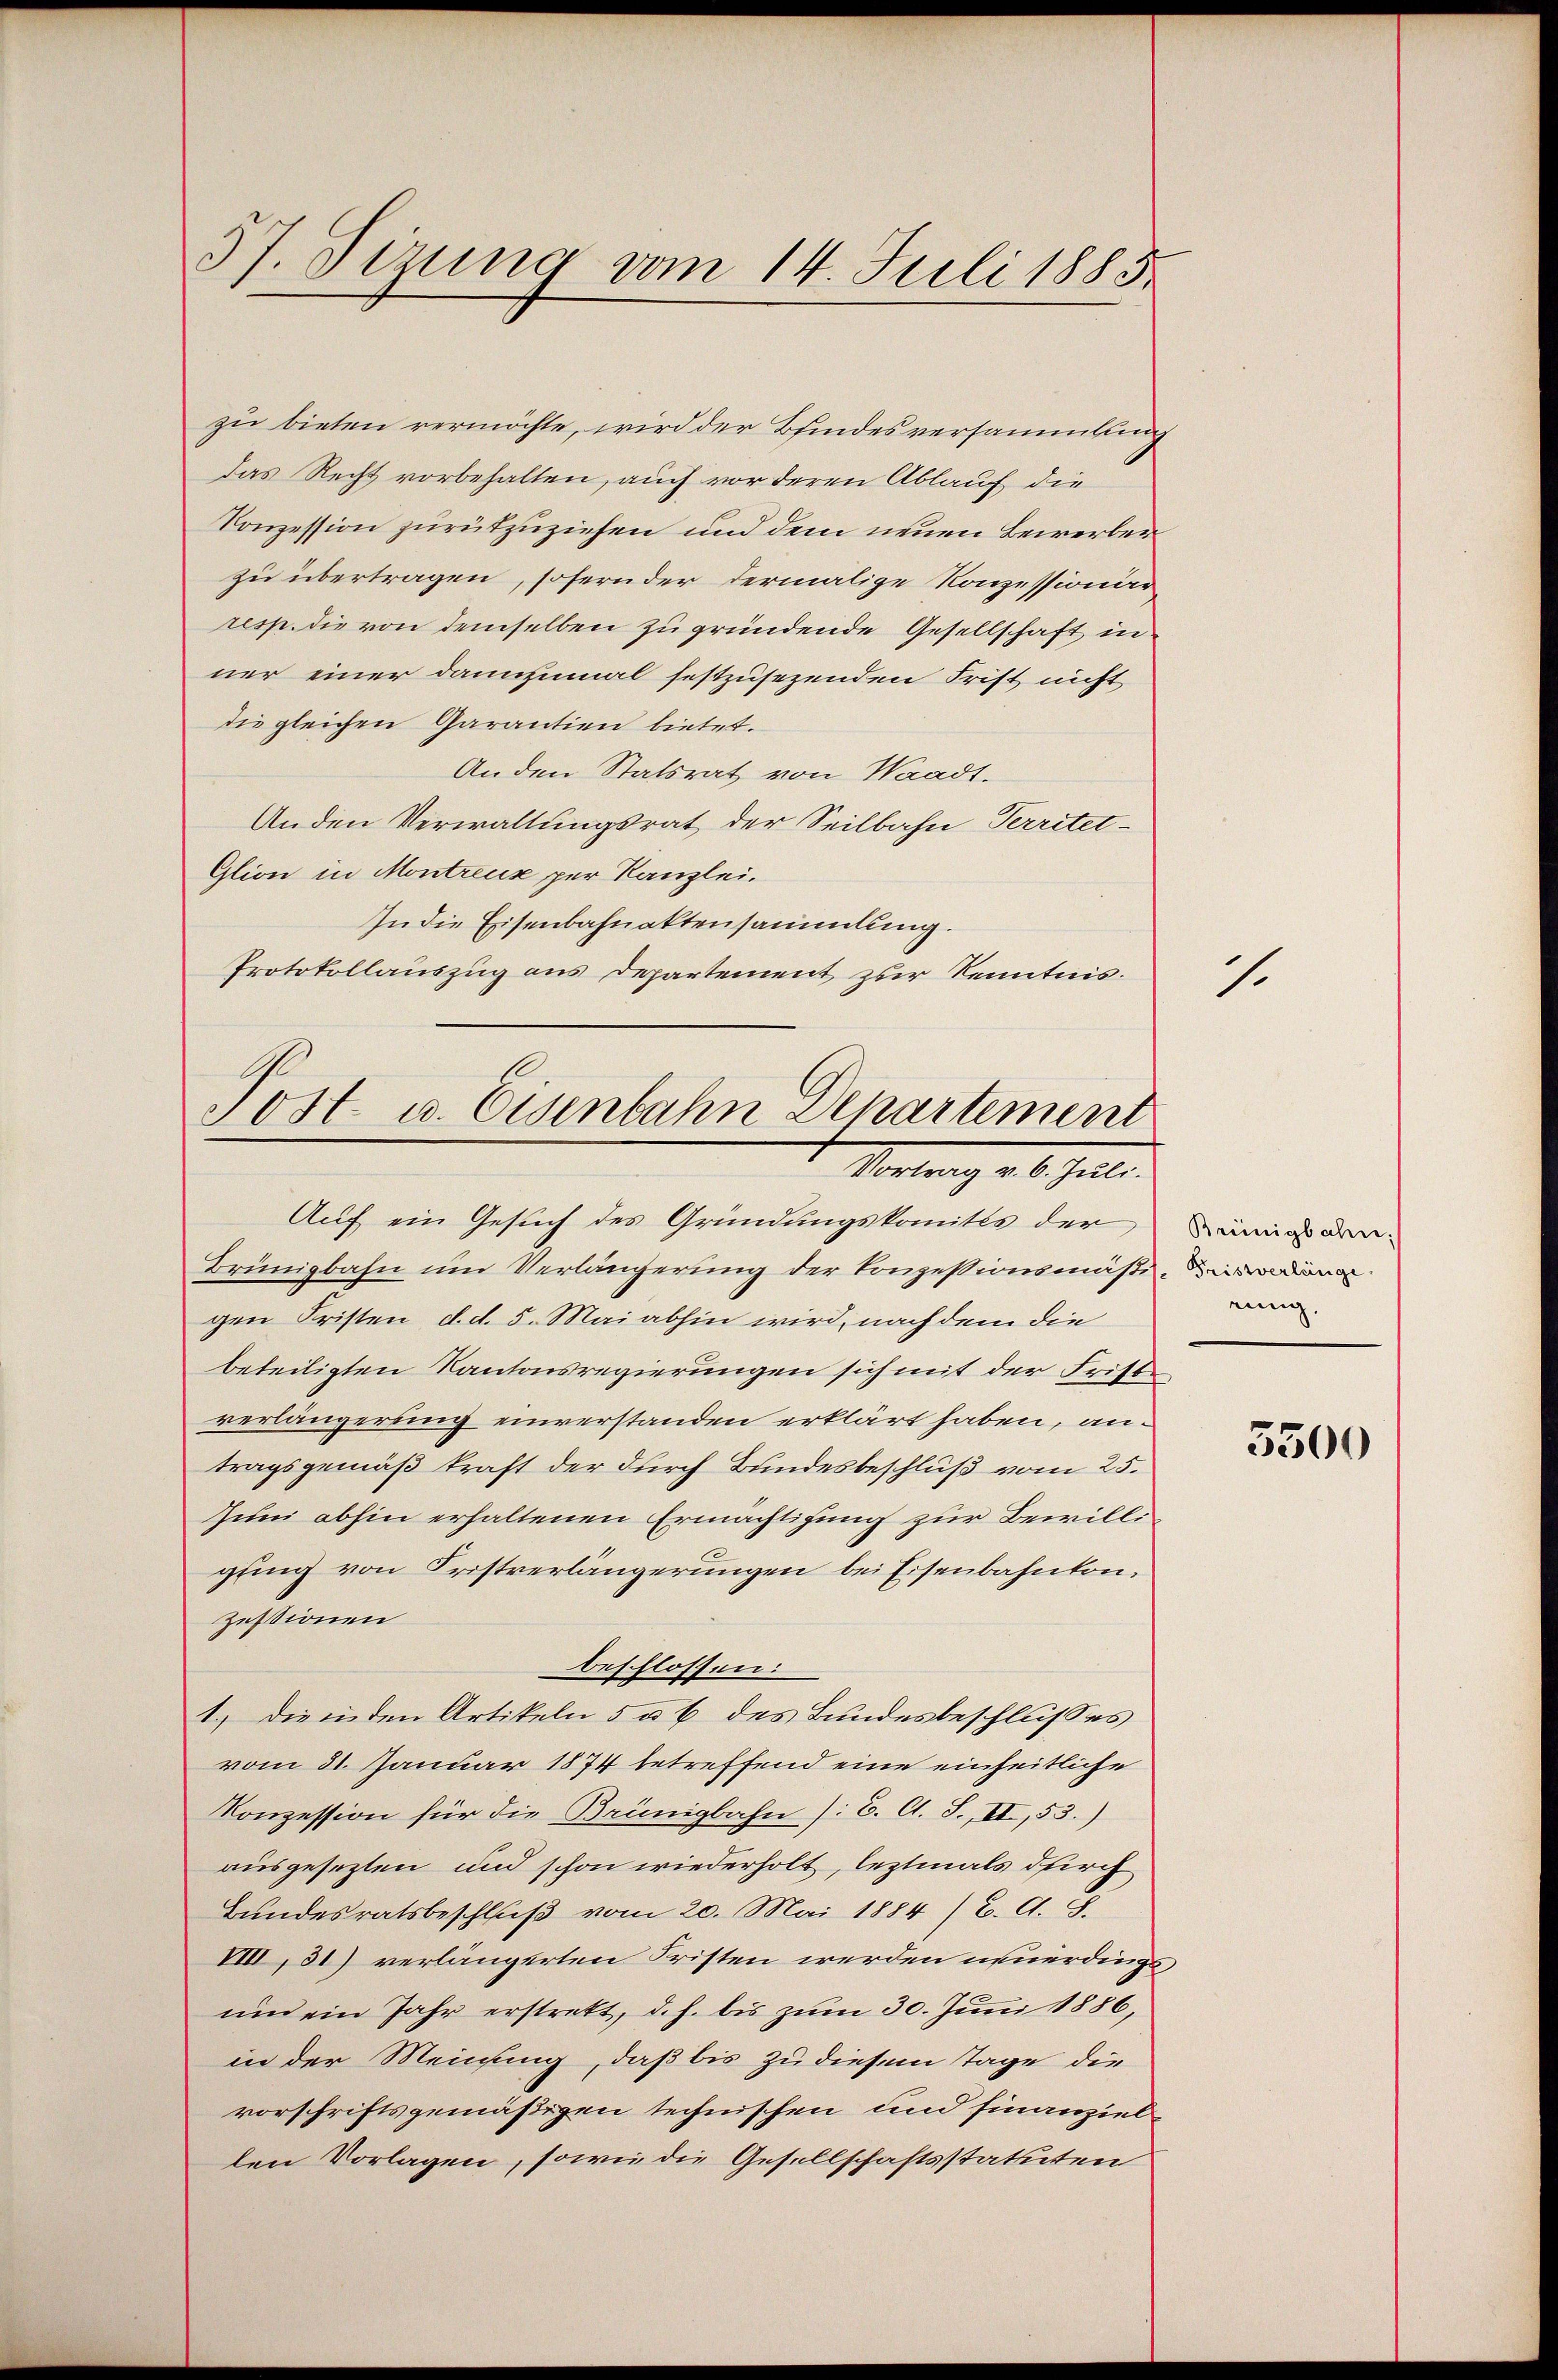
57. Pirung vom 14. Juli 1885.

zu bieten vermöchte, wird der Bindesversammlung
das Recht vorbehalten, auch vor deren Ablauf die
Konzession zurükzuziehen und dem neuen Bewerber
zu übertragen, sofern der dermalige Konzessionär¬
resp. die von demselben zu gründende Gesellschaft in
ner einer dannzumal festzusezenden Frist nicht
die gleichen Garantien bietet.
Anden Statsrat von Waadt.
Anden Verwaltungsrat der Seilbahn, Territet-
Glion in Montreux per Kanzlei.
In die Eisenbahnaktensammlung.
Protokollauszug aus Departement zur Kenntnis.

Post- u. Eisenbahn Departement
Vortrag v. 6. Juli.

Auf ein Gesuch des Gründungskomités der
Brünigbahn um Verlängerung der Konzessionsmäßi-madionar
gen Fristen d. d. 5. Mai abhin wird, nach dem die
beteiligten Kantonsregierungen sich mit der Frist.
verlängerung einverstanden erklärt haben, antragsgemäß kraft der durch Bundesbeschluß vom 25.
Zum abhin erhaltenen Ermächtigung zur Bewilligfing von Fristverlängerungen bei Eisenbahnten,
zessionen
beschlossen:
1.) die inden Artikeln 5 u. 6 des Bundesbeschlusses
vom 31. Januar 1874 betreffend eine einheitliche
Konzession für die Brünigbahn /: C. C. S., II, 53.)
ausgesezten und schon wiederholt, leztmals durch
Bŭndesratsbeschlŭβ vom 20. Mai 1884 / B. G. B.
VIII, 31) verlängerten Fristen werden neuerdings
und ein Jahr erstrett, d. h. bis zum 30. Juni 1886,
in der Meinung, daß bis zu diesem Tage die
vorschriftsgemäßigen technischen und finanziellen Vorlagen, sowie die Gesellschaftsstatuten

1

Brünigbahn.
einig.

3500